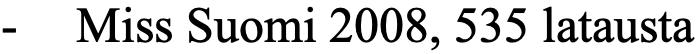
- Miss Suomi 2008, 535 latausta